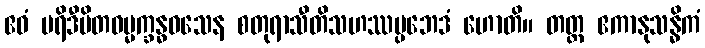
ဧဝံ ပရိဒီပိတဓမ္မက္ခန္ဓဝသေန စတုရာသီတိသဟဿပ္ပဘေဒံ ဟောတိ။ တတ္ထ ဧကာနုသန္ဓိကံ